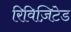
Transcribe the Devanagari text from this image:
रिविज़िटेड